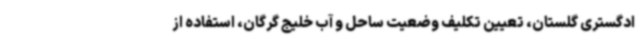
ادگستری گلستان، تعیین تکلیف وضعیت ساحل و آب خلیج گرگان، استفاده از